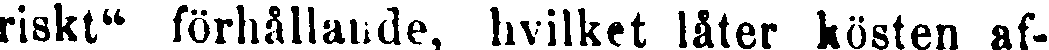
riskt" förhållande, hvilket låter kösten af-